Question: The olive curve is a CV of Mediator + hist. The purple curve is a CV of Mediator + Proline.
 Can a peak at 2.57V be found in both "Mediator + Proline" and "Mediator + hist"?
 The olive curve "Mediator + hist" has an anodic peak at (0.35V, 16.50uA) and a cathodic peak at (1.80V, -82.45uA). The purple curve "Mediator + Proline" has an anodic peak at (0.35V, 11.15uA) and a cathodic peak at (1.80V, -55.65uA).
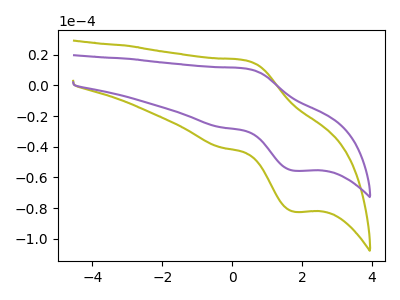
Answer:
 <answer>No, "Mediator + Proline" and "Mediator + hist" dont share a peak at 2.57V.</answer>
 <eval>mismatch</eval>